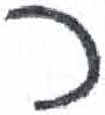
אות: כ